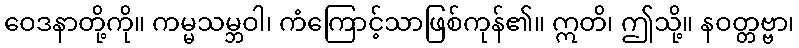
ဝေဒနာတို့ကို။ ကမ္မသမ္ဘဝါ၊ ကံကြောင့်သာဖြစ်ကုန်၏။ ဣတိ၊ ဤသို့။ နဝတ္တဗ္ဗာ၊